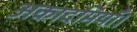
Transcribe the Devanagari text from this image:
अकादमियाँ।